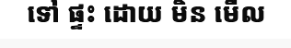
ទៅ ផ្ទះ ដោយ មិន មើល